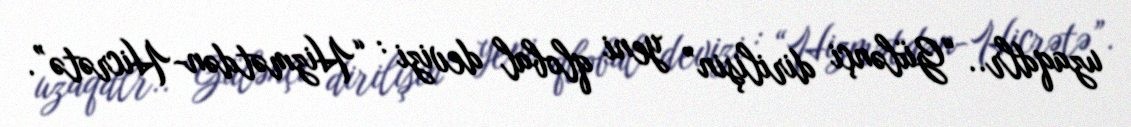
uzaqdlr.. “Gülənçi dirilişin” yeni qlobal devizi : “Hizmətdən-Hicrətə”.